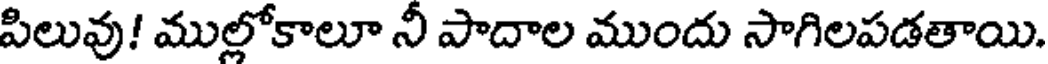
పిలువు! ముల్లోకాలూ నీ పాదాల ముందు సాగిలపడతాయి.